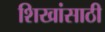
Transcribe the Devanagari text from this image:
शिखांसाठी